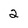
Character: 2